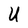
Character: U